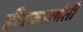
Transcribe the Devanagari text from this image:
हीरकजयंती